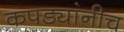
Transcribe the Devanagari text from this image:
कपड्यांनीच